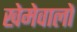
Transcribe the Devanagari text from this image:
खेमेवालों